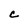
Character: C